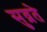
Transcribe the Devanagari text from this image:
सुव्रते